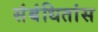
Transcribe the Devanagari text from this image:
संबंधितांस